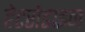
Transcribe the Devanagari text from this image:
हेटरोडाइन